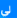
لي